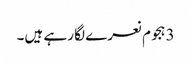
3 ہجوم نعرے لگا رہے ہیں۔